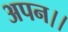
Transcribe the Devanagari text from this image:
अपन।।